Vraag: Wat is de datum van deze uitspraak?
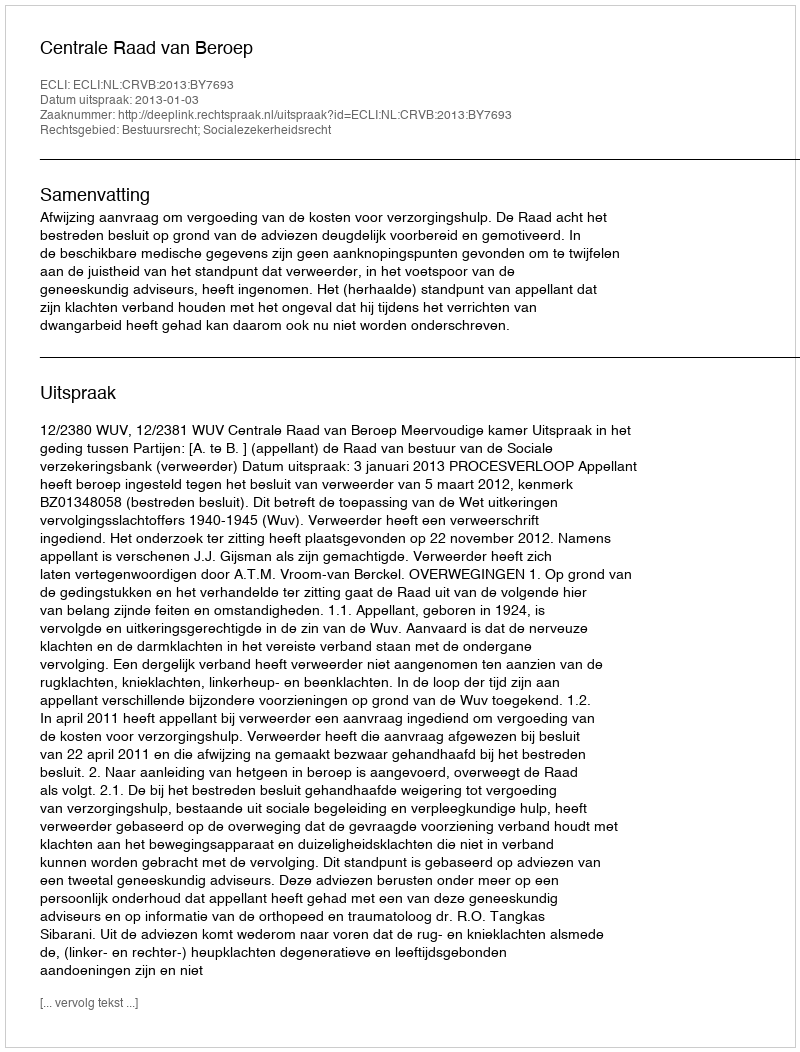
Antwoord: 2013-01-03